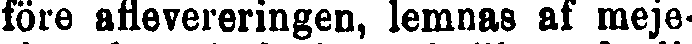
före aflevereringen, lemnas af meje-